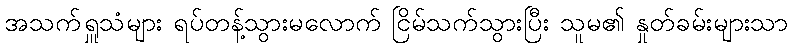
အသက်ရှူသံများ ရပ်တန့်သွားမလောက် ငြိမ်သက်သွားပြီး သူမ၏ နှုတ်ခမ်းများသာ